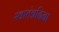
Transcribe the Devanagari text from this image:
स्वातंत्रदिना